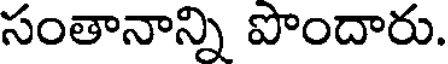
సంతానాన్ని పొందారు.